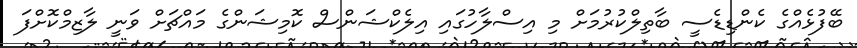
ބޭފުޅެއްގެ ކެންޑިޑެސީ ބާތިލްކުރުމަށް މި އިސްލާހުގައި އިލެކްޝަންސް ކޮމިޝަންގެ މައްޗަށް ވަނީ ލާޒިމްކޮށްފަ